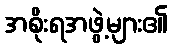
အစိုးရအဖွဲ့များ၏